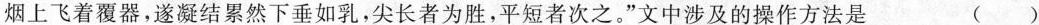
烟上飞着覆器，遂凝结累然下垂如乳，尖长者为胜，平短者次之。”文中涉及的操作方法是 ( )